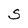
Character: S